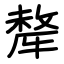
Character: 犛